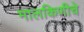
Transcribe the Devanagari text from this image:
मालकिणीचे